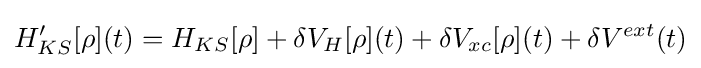
H'_{KS}[\rho ](t)=H_{KS}[\rho ]+\delta V_{H}[\rho ](t)+\delta V_{xc}[\rho ](t)+\delta V^{ext}(t)